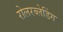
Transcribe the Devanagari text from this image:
रोलरब्लेडिंग